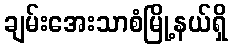
ချမ်းအေးသာစံမြို့နယ်ရှိ